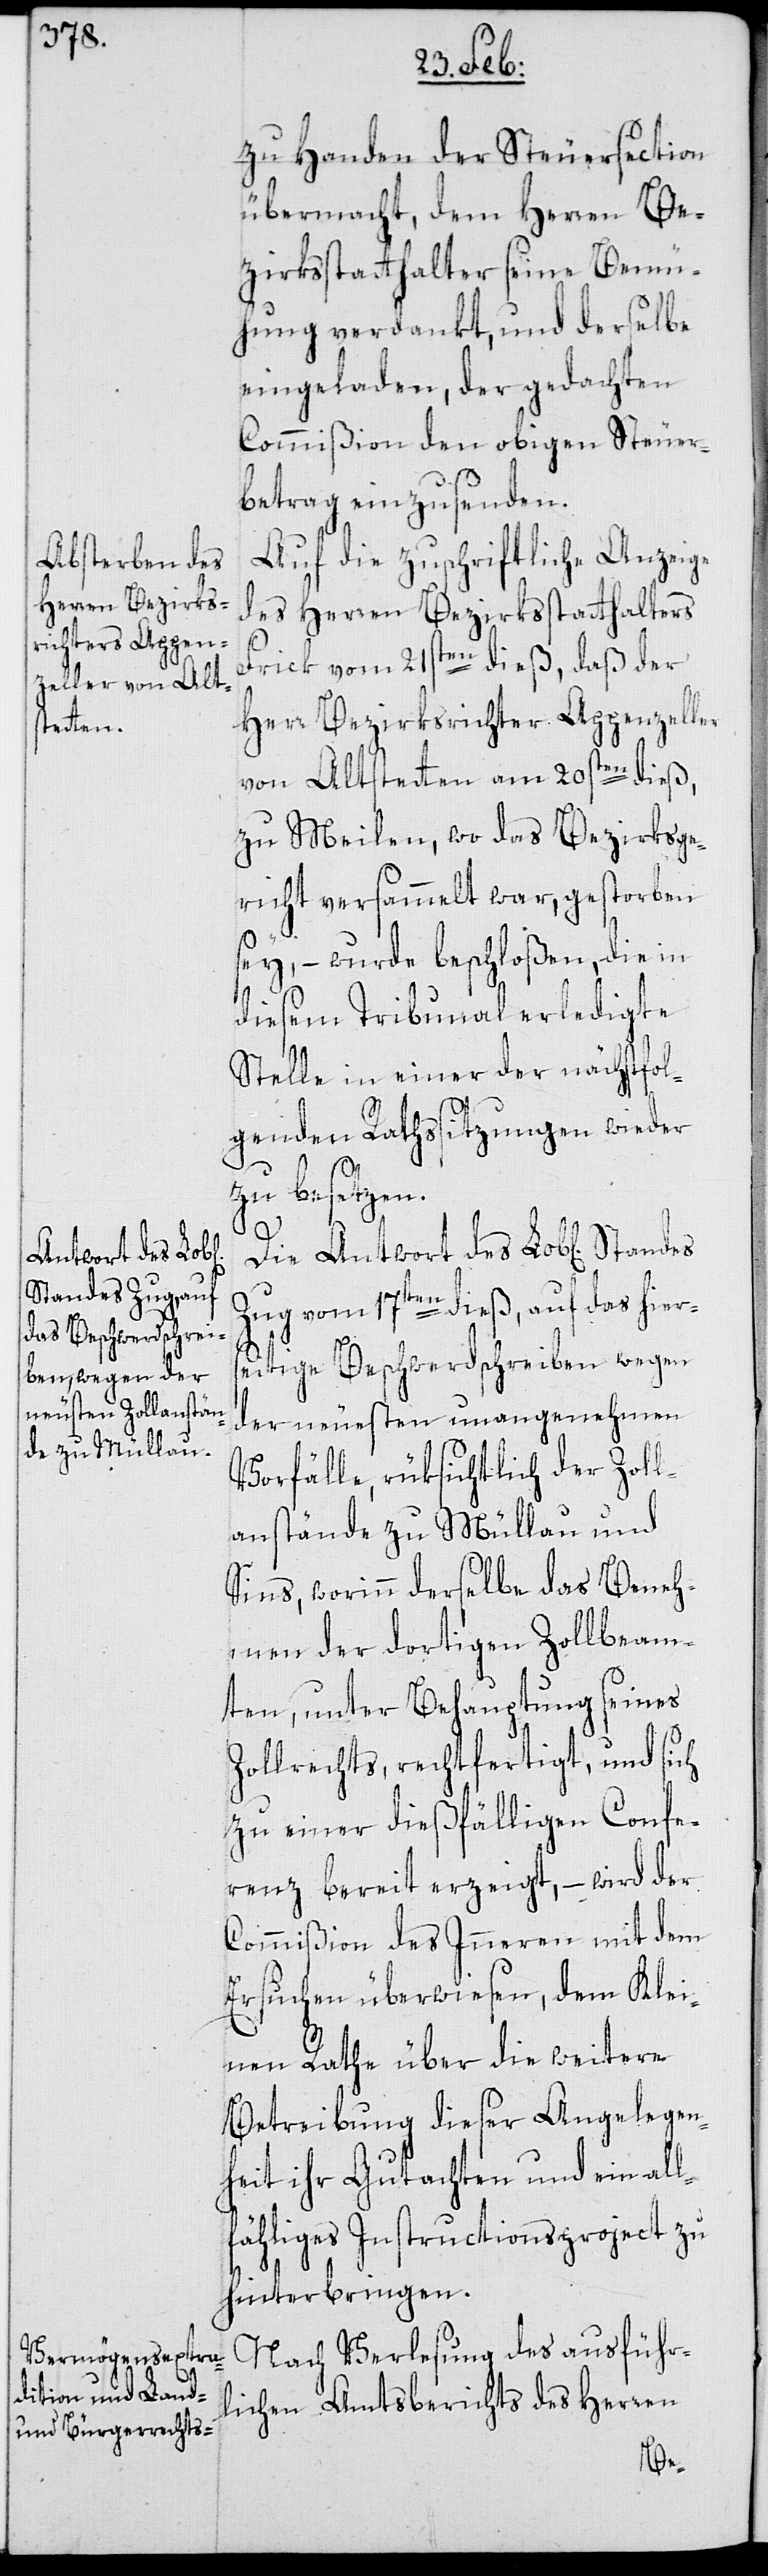
Antwort des Lob[l¬
Standes Zug

zu Handen der Steuersection
übermacht, dem Herren Be¬
zirksstatthalter seine Bemü¬
hung verdankt, und derselbe
eingeladen, der gedachten
Commißion den obigen Steuer¬
betrag einzusenden.
Auf die zuschriftliche Anzeige
des Herren Bezirksstatthalters
Frick vom 21sten dieß, daß der
Herr Bezirksrichter Appenzeller
von Altstetten am 20sten dieß,
zu Meilen, wo das Bezirksge¬
richt versammelt war, gestorben
sey, – wurde beschloßen, die in
diesem Tribunal erledigte
Stelle in einer der nächstfol¬
genden Rathssitzungen wieder
ichen]
vom 17ten dieß, auf das hiers¬
eitige Beschwerdschreiben wegen
der neuesten unangenehmen
Vorfälle, rüksichtlich der Zoll¬
anstände zu Müllau und
Sins, worinn derselbe das Beneh¬
men der dortigen Zollbeam¬
ten, unter Behauptung seines
Zollrechts, rechtfertigt, und sich
zu einer dießfälligen Confe¬
renz bereit erzeigt, – wird der
Commißion des Inneren mit dem
Ersuchen überwiesen, dem Klei¬
nen Rathe über die weitere
Betreibung dieser Angelegen¬
heit ihr Gutachten und ein all¬
fähliges Instructionsproject zu
hinterbringen.
Nach Verlesung des ausführ¬
lichen Amtsberichts des Herren